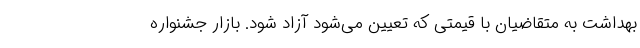
بهداشت به متقاضیان با قیمتی که تعیین می‌شود آزاد شود. بازار جشنواره